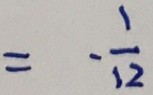
= - \frac { 1 } { 1 2 }